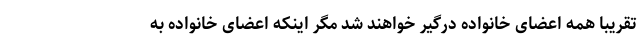
تقریبا همه اعضای خانواده درگیر خواهند شد مگر اینکه اعضای خانواده به